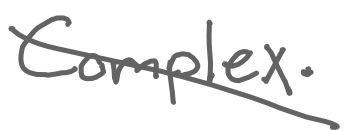
Text: Complex.
Cross-out: cross
Writing tool: digital_gray